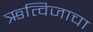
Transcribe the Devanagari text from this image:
ऋत्विजाचा